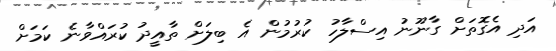
އަދި އެގޮތަށް ގާނޫނު އިސްލާހު ކުރުމުން އެ ބިލަށް ތާއީދު ކުރައްވާނެ ކަމަށް